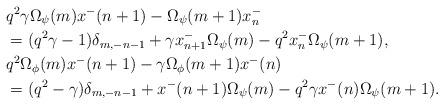
LaTeX: \begin{align*}&q^2\gamma\Omega_\psi(m)x^-(n+1)- \Omega_\psi(m+1)x^-_n \\&=(q^2\gamma-1)\delta_{m,-n-1}+ \gamma x^-_{n+1}\Omega_\psi(m)-q^2x^-_n\Omega_\psi(m+1), \\& q^2\Omega_\phi(m)x^-(n+1)- \gamma\Omega_\phi(m+1)x^-(n) \\&=(q^2- \gamma)\delta_{m,-n-1}+ x^-(n+1)\Omega_\psi(m)-q^2\gamma x^-(n)\Omega_\psi(m+1). \end{align*}